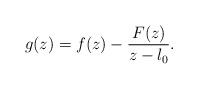
LaTeX: \begin{align*} g(z) = f(z) - \frac{F(z)}{z - \l_0}. \end{align*}